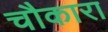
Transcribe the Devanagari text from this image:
चौकारा